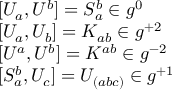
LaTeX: \begin{array} { l } { { { [ } U _ { a } , U ^ { b } { ] } = S _ { a } ^ { b } \in g ^ { 0 } } } \\ { { { [ } U _ { a } , U _ { b } { ] } = K _ { a b } \in g ^ { + 2 } } } \\ { { { [ } U ^ { a } , U ^ { b } { ] } = K ^ { a b } \in g ^ { - 2 } } } \\ { { { [ } S _ { a } ^ { b } , U _ { c } { ] } = U _ { ( a b c ) } \in g ^ { + 1 } } } \end{array}